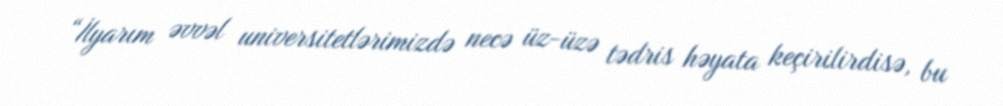
“İlyarım əvvəl universitetlərimizdə necə üz-üzə tədris həyata keçirilirdisə, bu